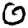
Digit: 0